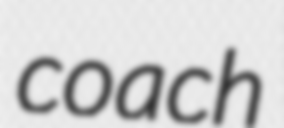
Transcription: coach